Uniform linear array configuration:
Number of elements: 24
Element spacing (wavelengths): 0.5
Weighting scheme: hann
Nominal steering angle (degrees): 45
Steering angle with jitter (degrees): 45.337
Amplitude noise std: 0.05
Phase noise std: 0.05

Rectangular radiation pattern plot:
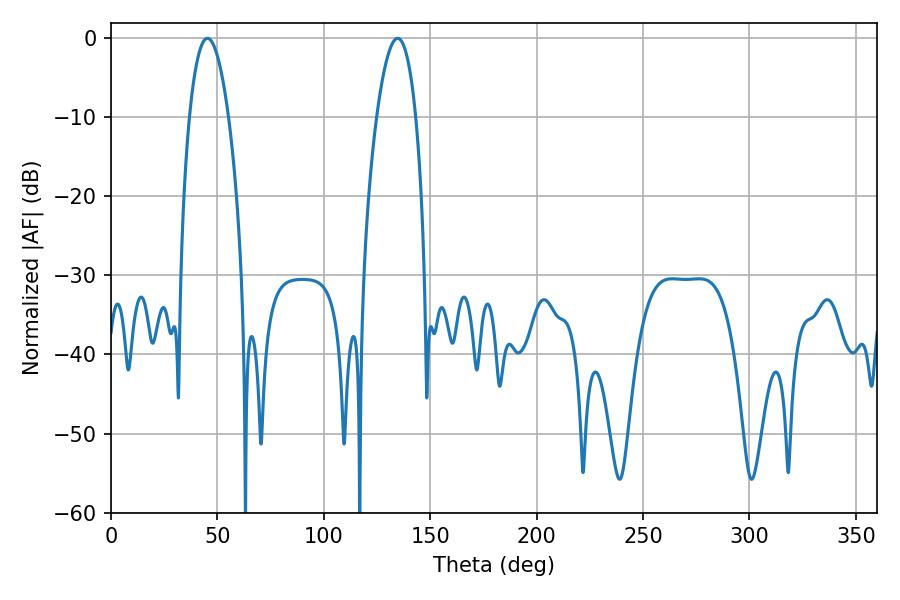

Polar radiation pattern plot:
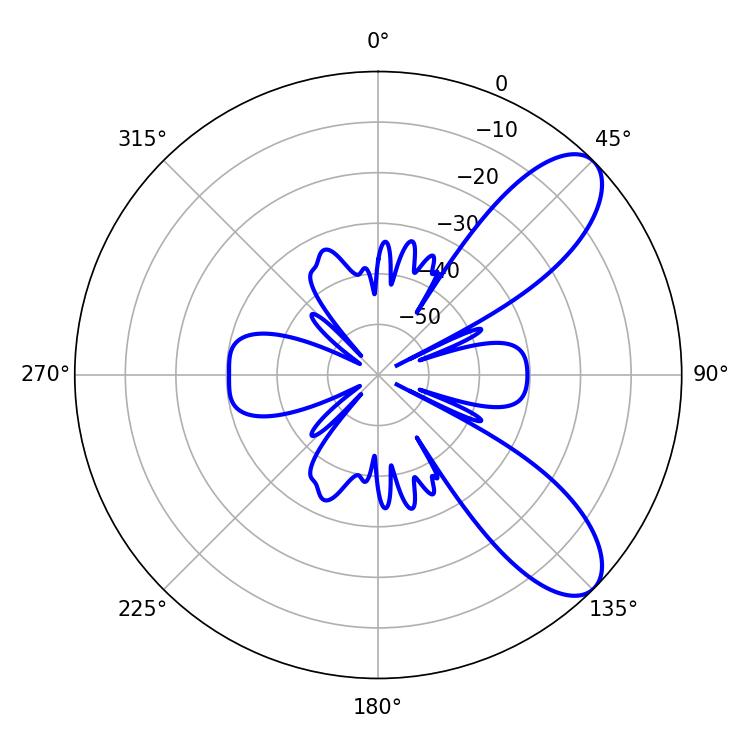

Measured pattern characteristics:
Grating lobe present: FALSE
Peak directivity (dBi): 8.676
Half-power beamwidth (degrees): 10.08
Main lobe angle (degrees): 45.36